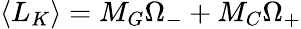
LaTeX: \left\langle L_{K}\right\rangle=M_{G}\Omega_{-}+M_{C}\Omega_{+}